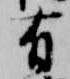
有